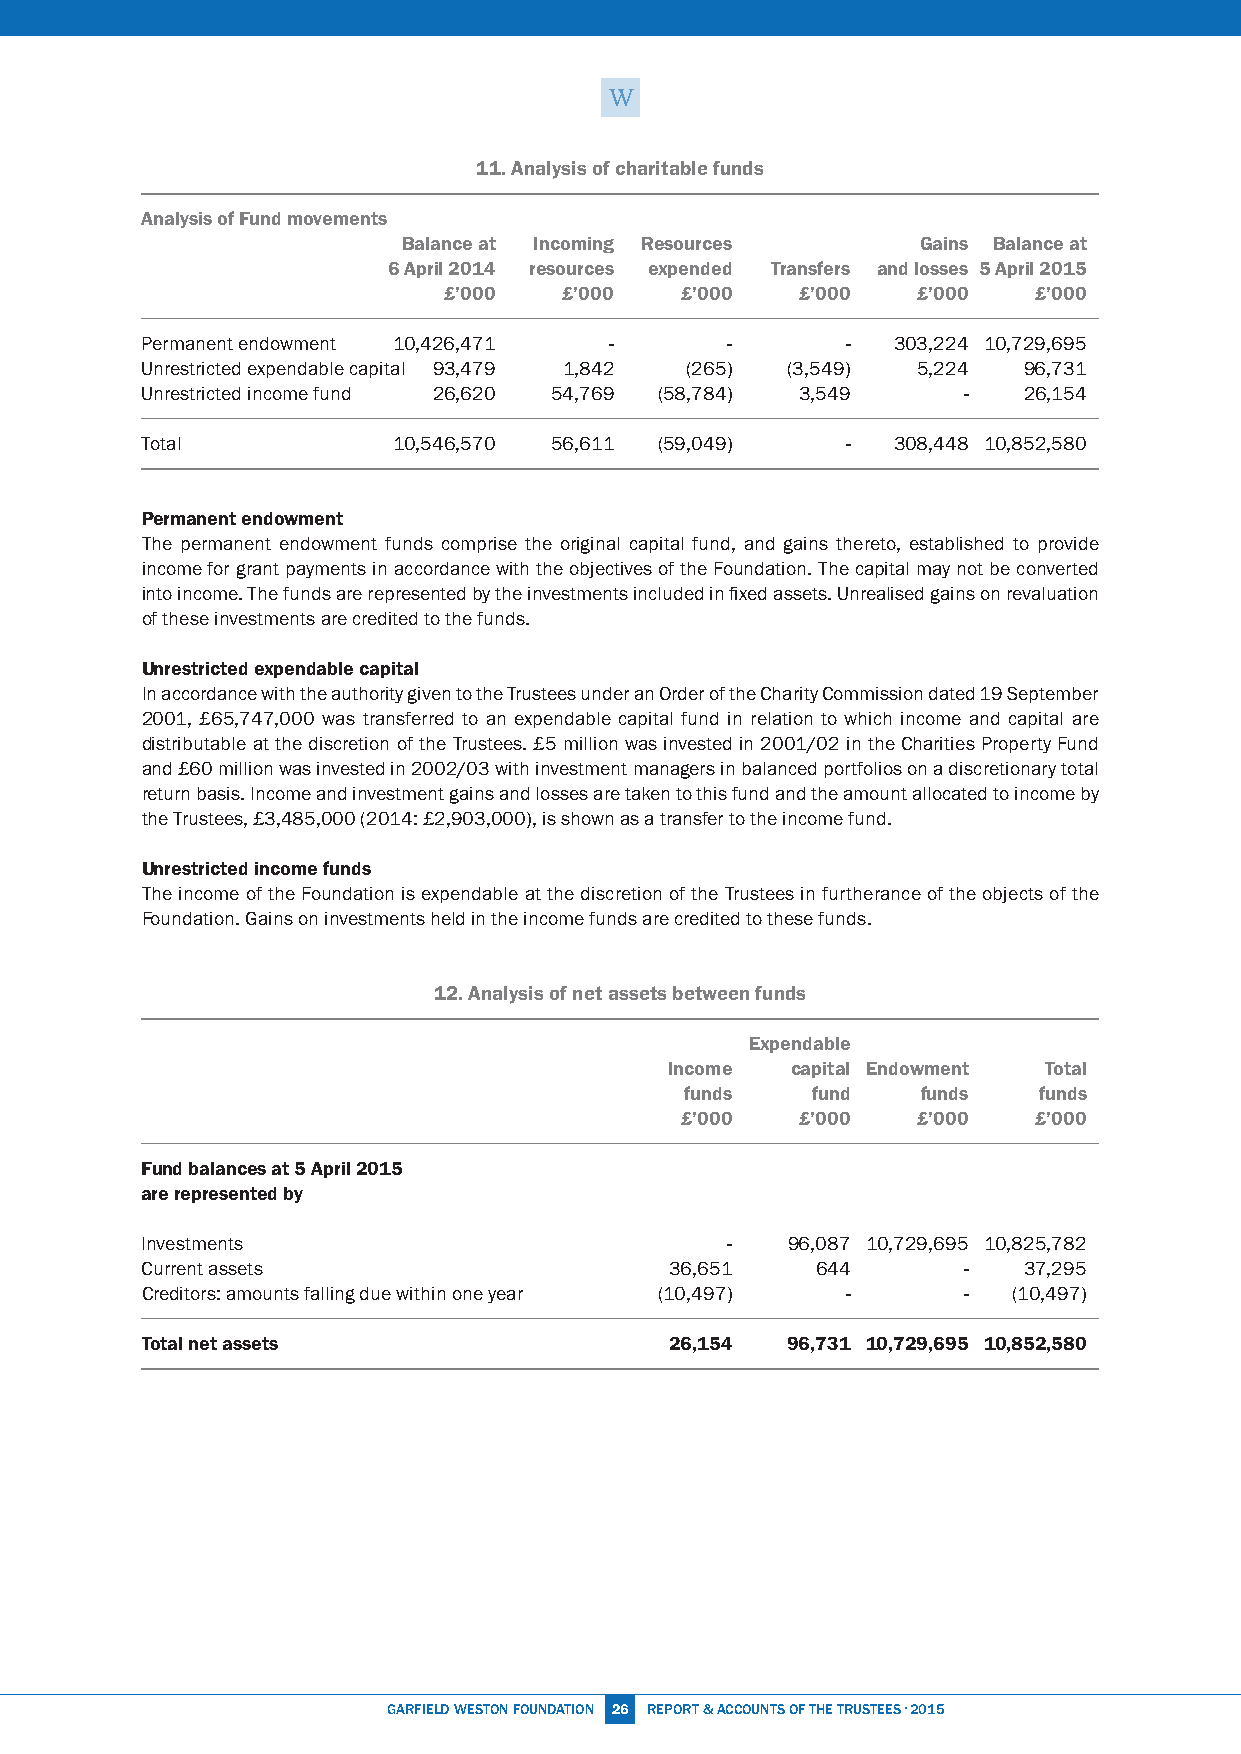
11. Analysis of charitable funds
 Analysis of Fund movements
 Balance at Incoming Resources     Gains Balance at
 6 April 2014 resources expended Transfers and losses 5 April 2015
 £’000   £’000   £’000   £’000   £’000  £’000
 Permanent endowment 10,426,471 -       -       -  303,224 10,729,695
 Unrestricted expendable capital 93,479 1,842 (265) (3,549) 5,224 96,731
 Unrestricted income fund 26,620 54,769 (58,784) 3,549  -   26,154
 Total            10,546,570 56,611 (59,049)    -  308,448 10,852,580
 Permanent endowment
 The permanent endowment funds comprise the original capital fund, and gains thereto, established to provide
 income for grant payments in accordance with the objectives of the Foundation. The capital may not be converted
 into income. The funds are represented by the investments included in fixed assets. Unrealised gains on revaluation
 of these investments are credited to the funds.
 Unrestricted expendable capital
 In accordance with the authority given to the Trustees under an Order of the Charity Commission dated 19 September
 2001, £65,747,000 was transferred to an expendable capital fund in relation to which income and capital are
 distributable at the discretion of the Trustees. £5 million was invested in 2001/02 in the Charities Property Fund
 and £60 million was invested in 2002/03 with investment managers in balanced portfolios on a discretionary total
 return basis. Income and investment gains and losses are taken to this fund and the amount allocated to income by
 the Trustees, £3,485,000 (2014: £2,903,000), is shown as a transfer to the income fund.
 Unrestricted income funds
 The income of the Foundation is expendable at the discretion of the Trustees in furtherance of the objects of the
 Foundation. Gains on investments held in the income funds are credited to these funds.
 12. Analysis of net assets between funds
 Expendable
 Income  capital Endowment Total
 funds    fund   funds   funds
 £’000   £’000   £’000   £’000
 Fund balances at 5 April 2015
 are represented by
 Investments                            -   96,087 10,729,695 10,825,782
 Current assets                     36,651    644       -   37,295
 Creditors: amounts falling due within one year (10,497) - - (10,497)
 Total net assets                   26,154  96,731 10,729,695 10,852,580
 GARFiEld WESTON FOUNdATiON 26 REPORT & ACCOUNTS OF THE TRUSTEES · 2015